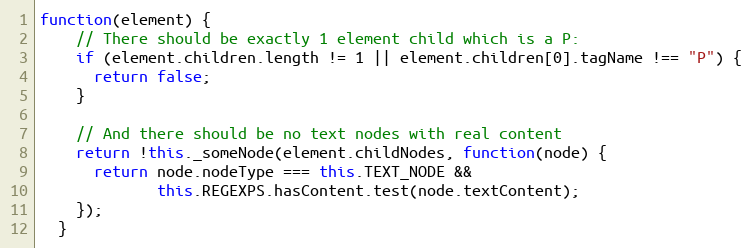
Language: JavaScript
function(element) {
    // There should be exactly 1 element child which is a P:
    if (element.children.length != 1 || element.children[0].tagName !== "P") {
      return false;
    }

    // And there should be no text nodes with real content
    return !this._someNode(element.childNodes, function(node) {
      return node.nodeType === this.TEXT_NODE &&
             this.REGEXPS.hasContent.test(node.textContent);
    });
  }